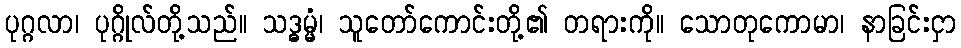
ပုဂ္ဂလာ၊ ပုဂ္ဂိုလ်တို့သည်။ သဒ္ဓမ္မံ၊ သူတော်ကောင်းတို့၏ တရားကို။ သောတုကောမာ၊ နာခြင်းငှာ